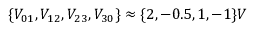
\{ V _ { 0 1 } , V _ { 1 2 } , V _ { 2 3 } , V _ { 3 0 } \} \approx \{ 2 , - 0 . 5 , 1 , - 1 \} V